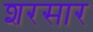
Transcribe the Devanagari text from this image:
शरसार